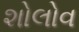
શોલોવ